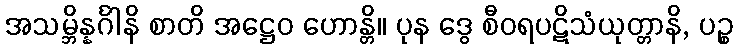
အသမ္ဘိန္နင်္ဂါနိ စာတိ အဋ္ဌေဝ ဟောန္တိ။ ပုန ဒွေ စီဝရပဋိသံယုတ္တာနိ, ပဉ္စ